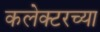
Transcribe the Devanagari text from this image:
कलेक्टरच्या